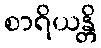
စာရိယန္တိ